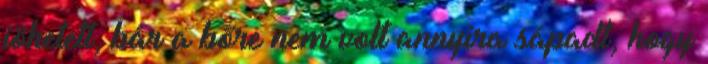
jöhetett, bár a bőre nem volt annyira sápadt, hogy